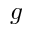
g